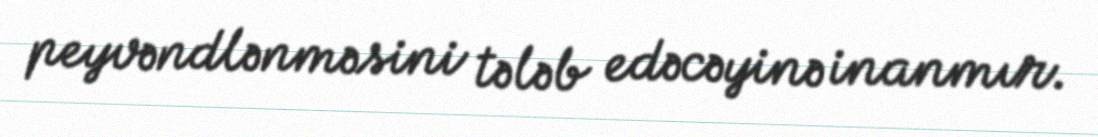
peyvəndlənməsini tələb edəcəyinə inanmır.